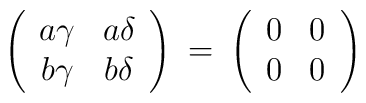
\left( \begin{array}{cc}a\gamma & a\delta \\b\gamma & b\delta \end{array} \right) \: = \:\left( \begin{array}{cc}0 & 0 \\0 & 0 \end{array} \right)